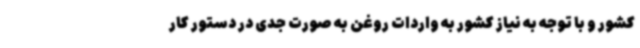
کشور و با توجه به نیاز کشور به واردات روغن به صورت جدی در دستور کار